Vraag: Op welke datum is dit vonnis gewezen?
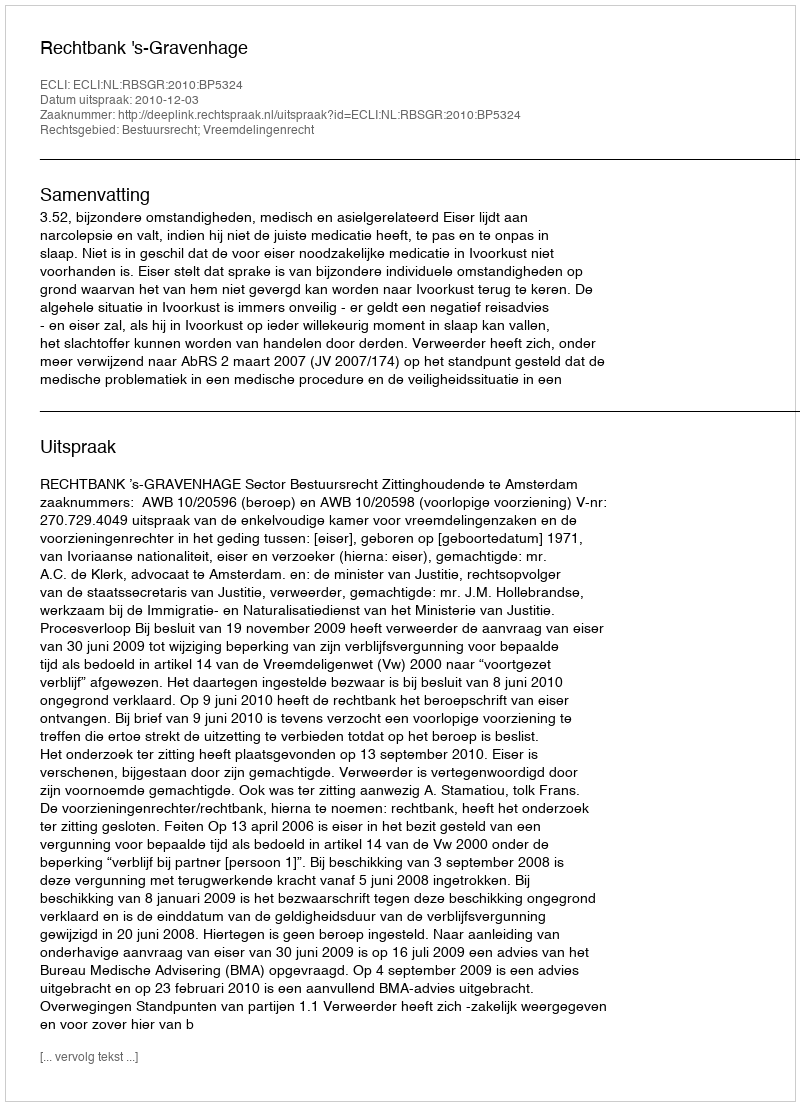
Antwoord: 2010-12-03